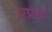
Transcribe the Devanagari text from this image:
प्रप्रंच